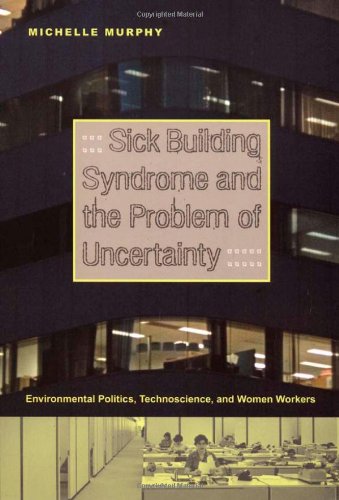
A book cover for Sick Building Syndrome and the Problem of Uncertainty: Environmental Politics, Technoscience, and Women Workers; Michelle Murphy; Politics & Social Sciences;